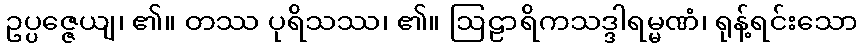
ဥပ္ပဇ္ဇေယျ၊ ၏။ တဿ ပုရိသဿ၊ ၏။ ဩဠာရိကသဒ္ဒါရမ္မဏံ၊ ရုန့်ရင်းသော